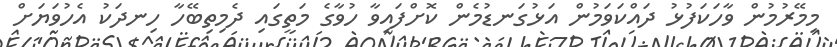
މިމޭރުމުން ވާހަކަފުޅު ދައްކަވަމުން އަޅުގަނޑުމެން ކޮށްފައިވާ ހުވާގެ މަތީގައި ދެމިތިބޭހާ ހިނދަކު އެހުވަޔަށް